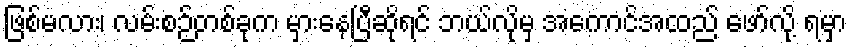
ဖြစ်မလား၊ လမ်းစဉ်တစ်ခုက မှားနေပြီဆိုရင် ဘယ်လိုမှ အကောင်အထည် ဖော်လို့ ရမှာ